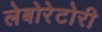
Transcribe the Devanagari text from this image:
लेबोरेटोरी